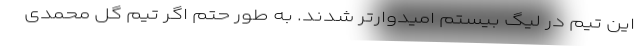
این تیم در لیگ بیستم امیدوارتر شدند. به طور حتم اگر تیم ‌گل‌ محمدی